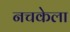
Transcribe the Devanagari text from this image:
नचकेला